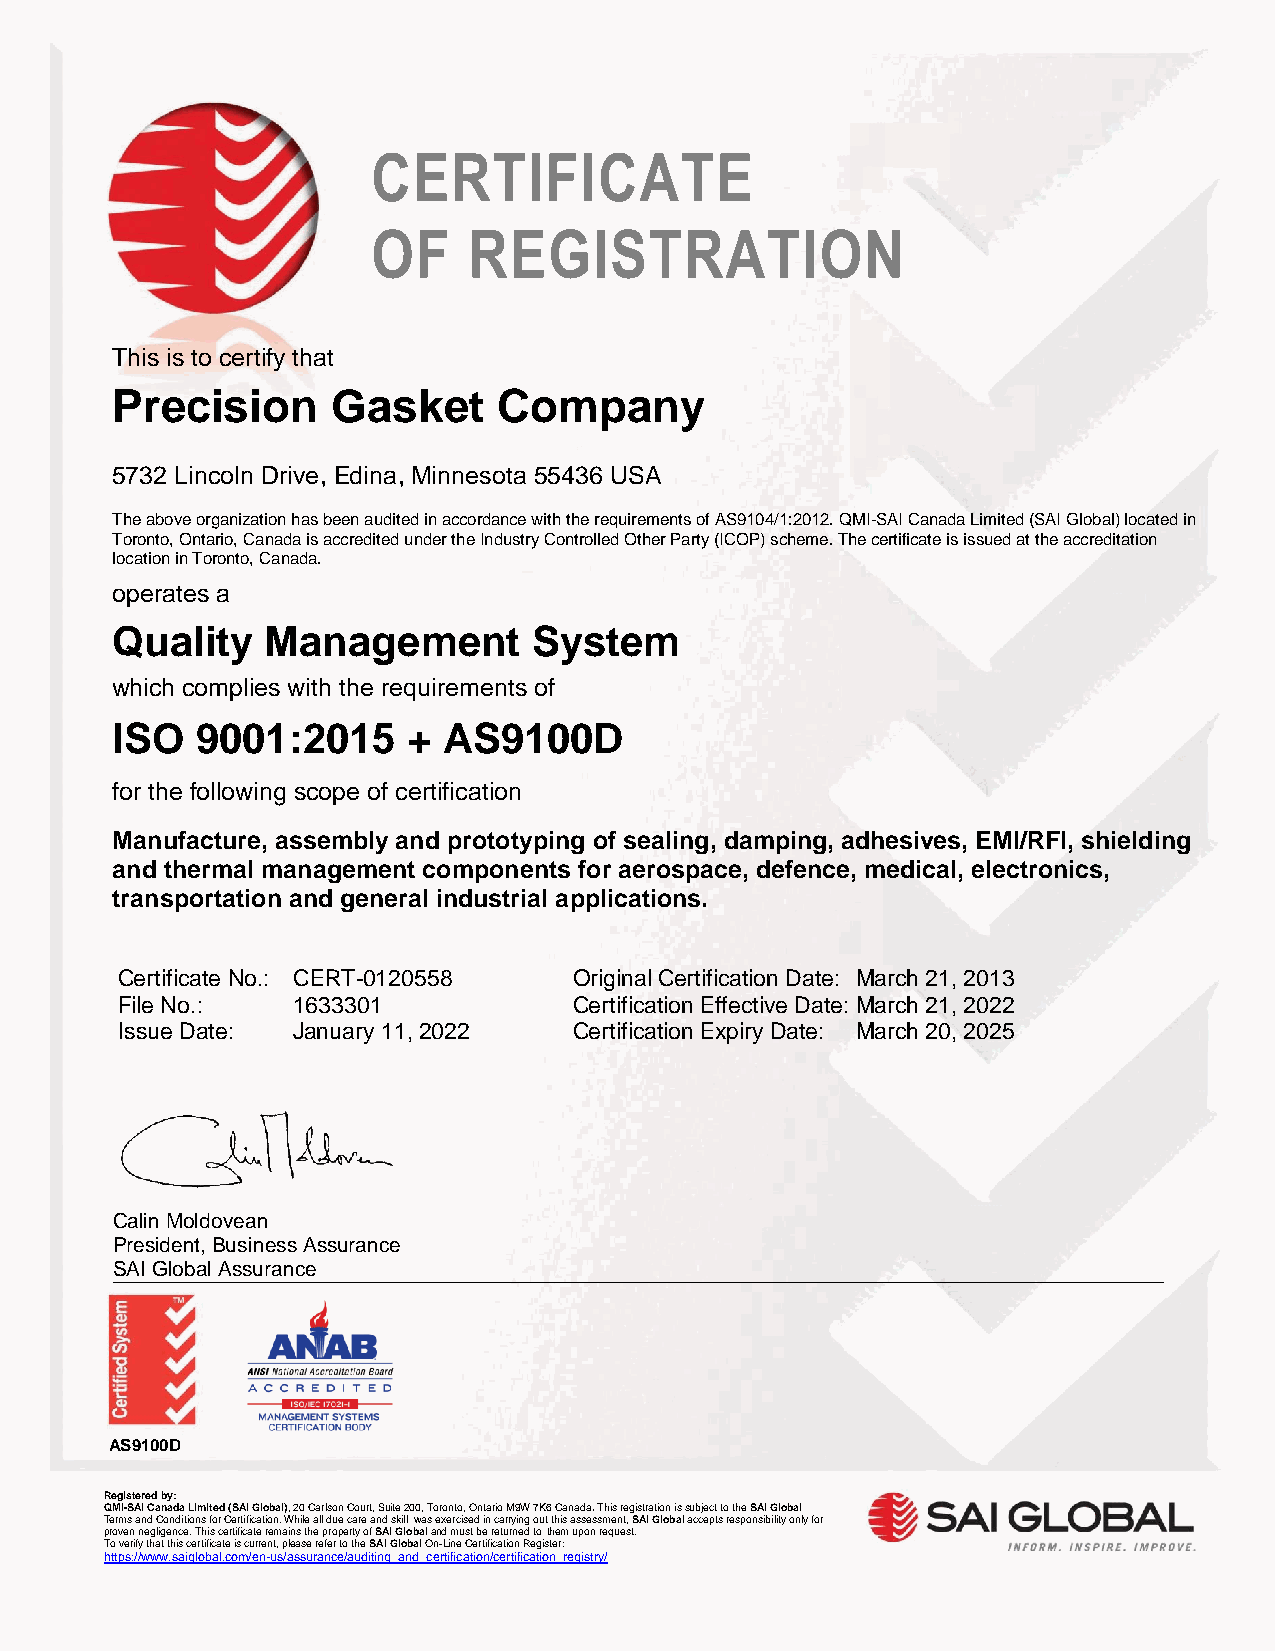
CERTIFICATE
 OF    REGISTRATION
 This is to certify that
 Precision      Gasket     Company
 5732 Lincoln Drive, Edina, Minnesota 55436 USA
 The above organization has been audited in accordance with the requirements of AS9104/1:2012. QMI-SAI Canada Limited (SAI Global) located in
 Toronto, Ontario, Canada is accredited under the Industry Controlled Other Party (ICOP) scheme. The certificate is issued at the accreditation
 location in Toronto, Canada.
 operates a
 Quality    Management       System
 which complies with the requirements of
 ISO   9001:2015     + AS9100D
 for the following scope of certification
 Manufacture, assembly and prototyping of sealing, damping, adhesives, EMI/RFI, shielding
 and thermal management components for aerospace, defence, medical, electronics,
 transportation and general industrial applications.
 Certificate No.: CERT-0120558 Original Certification Date: March 21, 2013
 File No.:  1633301            Certification Effective Date: March 21, 2022
 Issue Date: January 11, 2022  Certification Expiry Date: March 20, 2025
 Calin Moldovean
 President, Business Assurance
 _S_A_I _G_lo_b_a_l _A_s_s_u_ra_n_c_e_ ___________________________________________________________________
 AS9100D
 Registered by:
 QMI-SAI Canada Limited (SAI Global), 20 Carlson Court, Suite 2 00, Toronto, Ontario M9W 7K6 Canada. This registration is subject to the SAI Global
 Terms and Conditions for Certification. While all due care and skillwas exercised in carrying ou t this assessment, SAI Global accepts responsibility only for
 proven negligence. This certificate remains the property of SAI Global and must be returned tothem upon request.
 To verify that this certificate is current, please refer to the SAI Global On-Line Certification Register:
 https://www.saiglobal.com/en-us/assurance/auditing_and_certification/certification_registry/